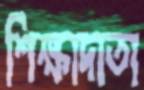
শিক্ষাদাতা